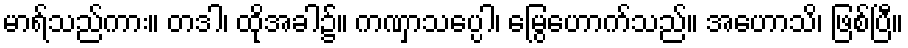
မာရ်သည်ကား။ တဒါ၊ ထိုအခါ၌။ ကဏှာသပ္ပေါ၊ မြွေဟောက်သည်။ အဟောသိ၊ ဖြစ်ပြီ။